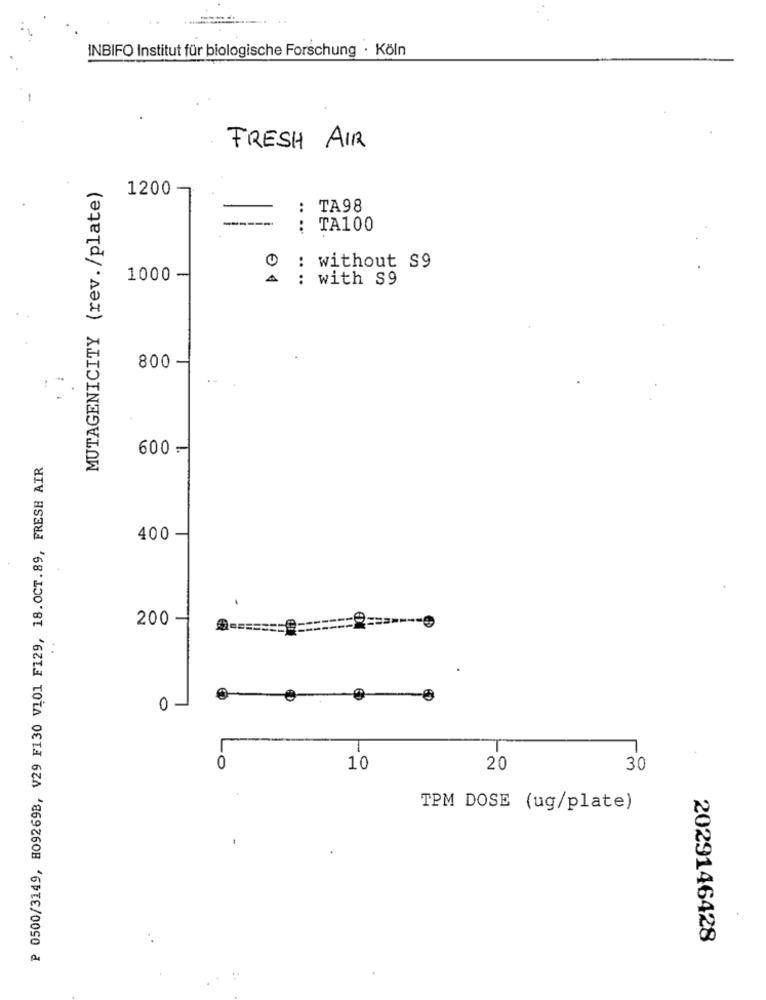
INBIFO Institut für biologische Forschung · Köln
FRESH AIR
MUTAGENICITY (rev./plate)
1200
: TA98
. ...
TA100
: without $9
1000
-
: with S9
800
600 -
₱ 0500/3149, H09269B, V29 F130 V101 F129, 18.OCT.89, FRESH AIR
400-
200
0-
0
10
20
30
TPM DOSE (ug/plate)
2029146428